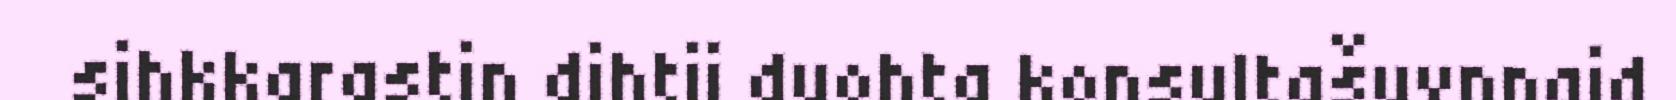
sihkkarastin dihtii duohta konsultašuvnnaid